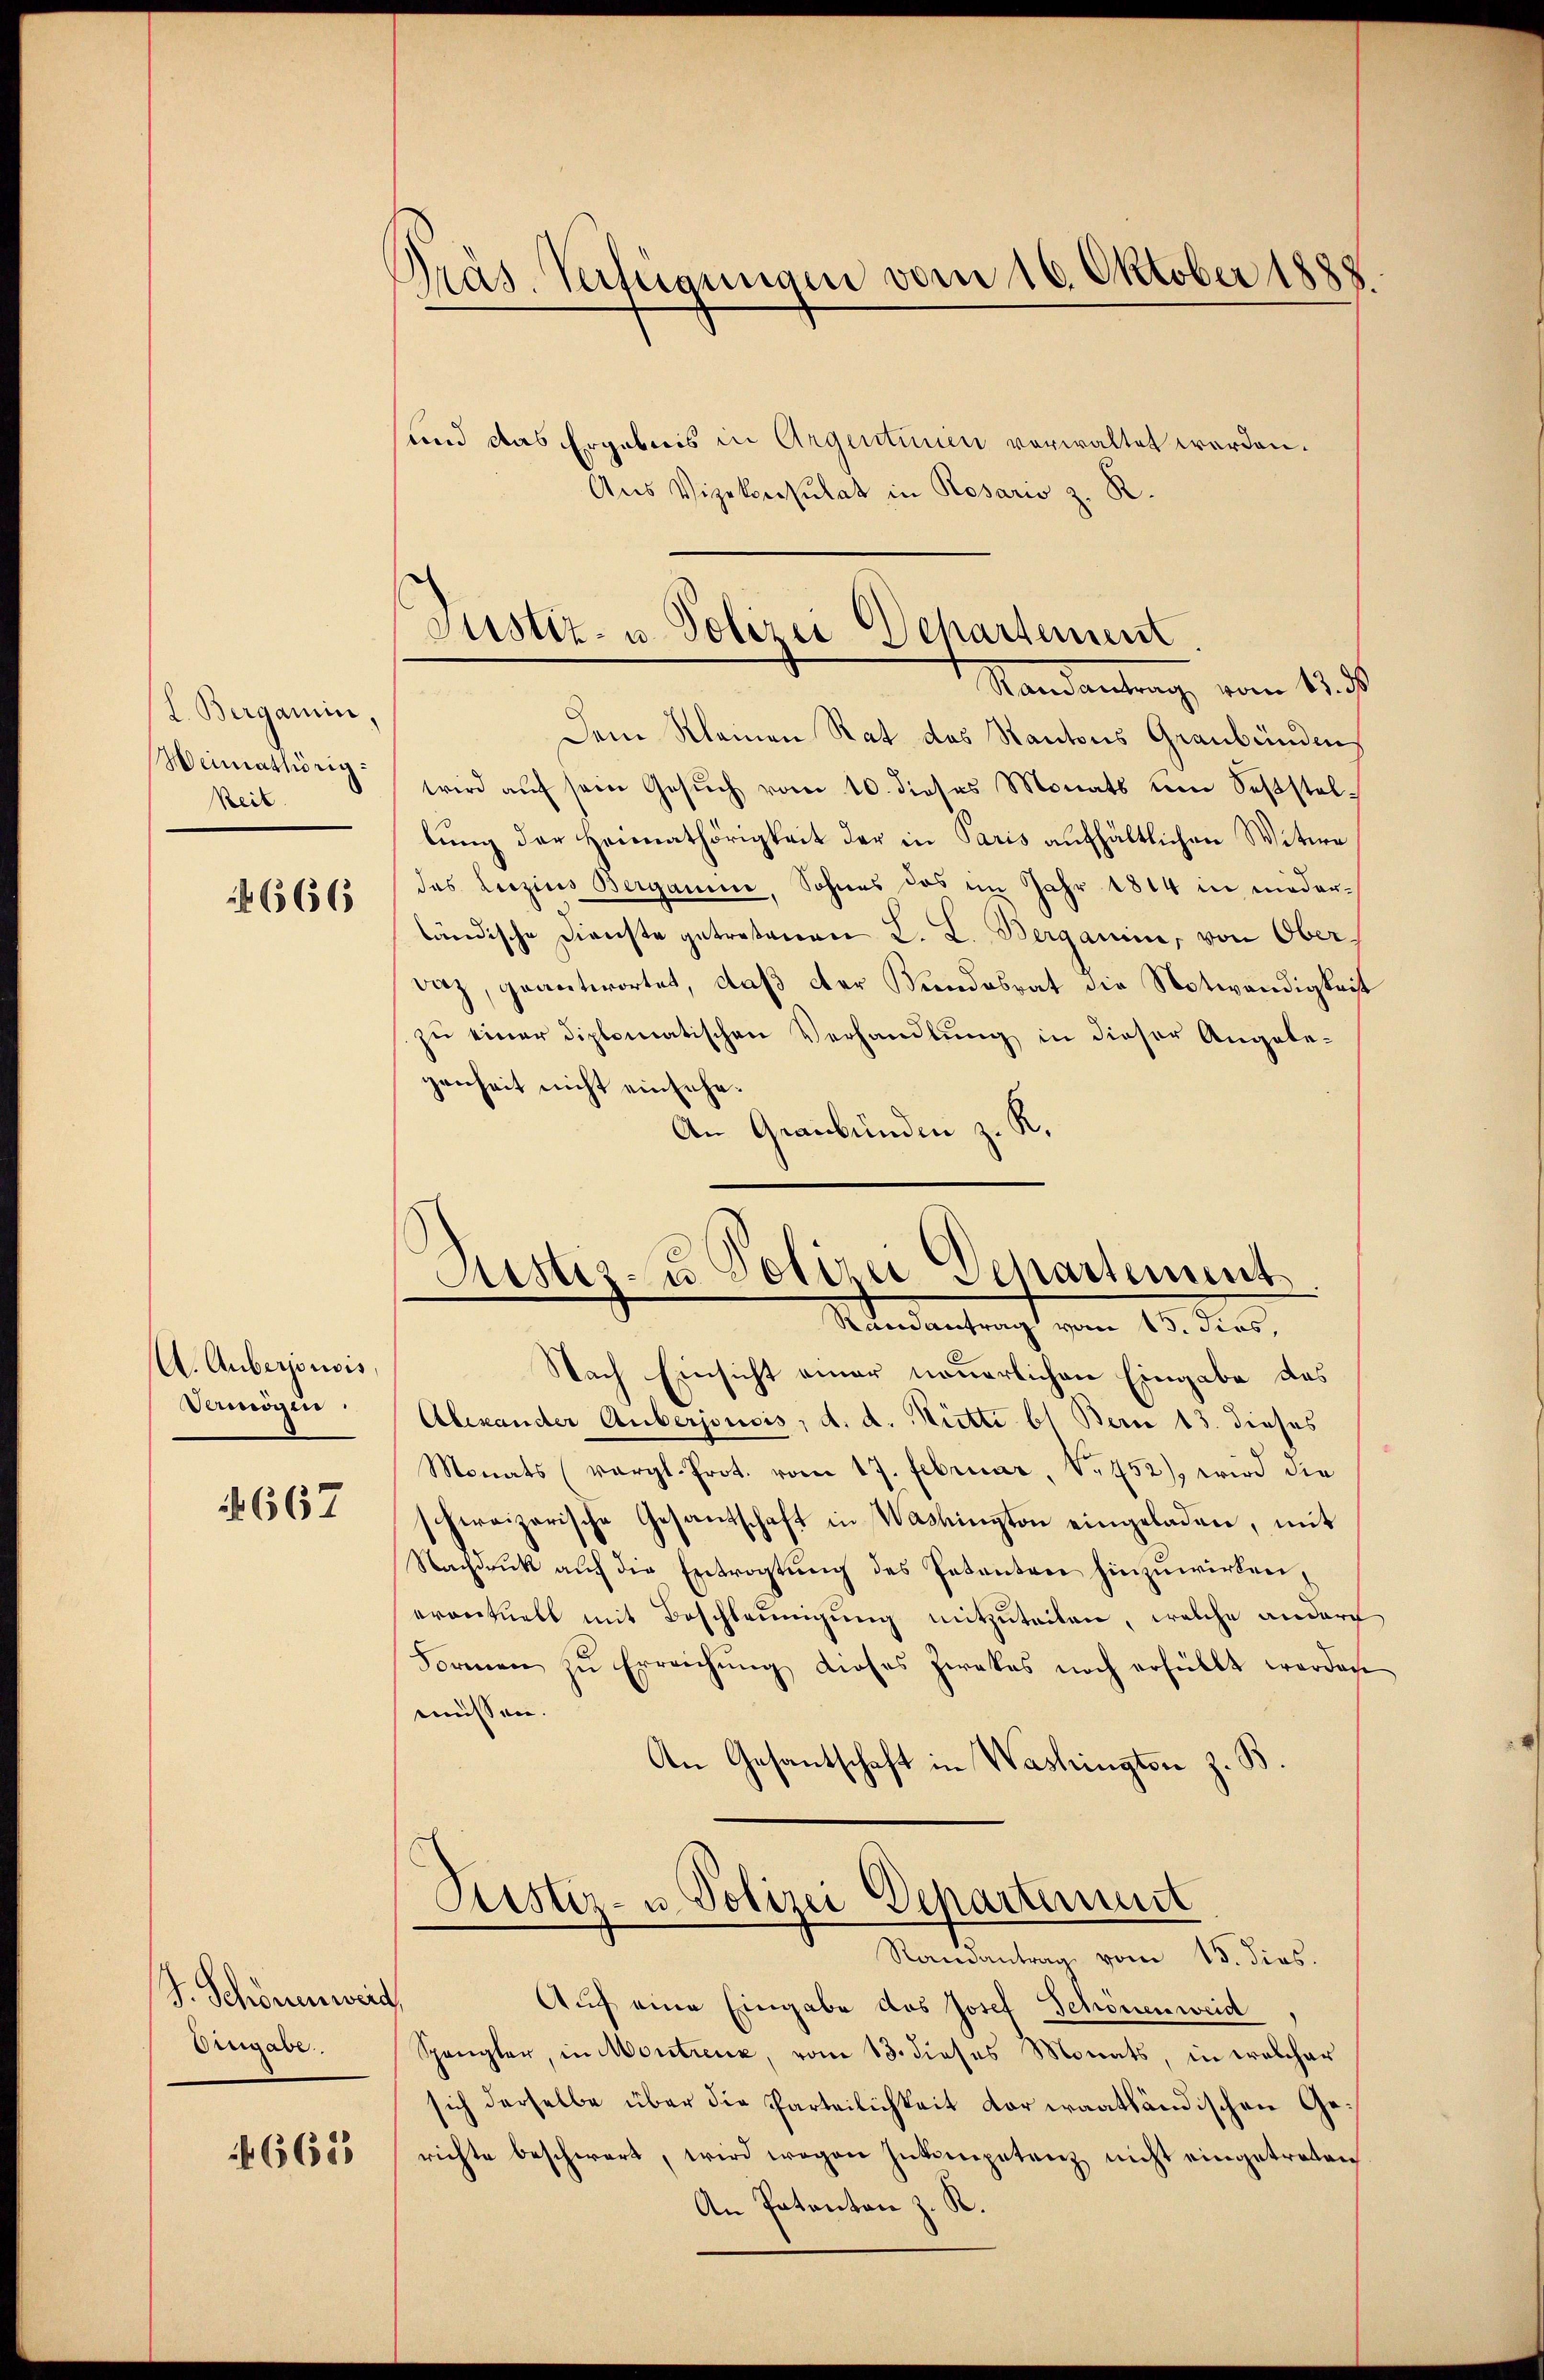
L. Berganin,
Weimathörig
Keil

666

A. Auberjonsis,
Vermögen

667

J. Schönenweid
Eingabe.

665

Präs. Verfügungen vom 16. Oktober 1888.

sund das Ergebnis in Argentinien verwaltet werden.
Aus Vizekonsulat in Rosario z. R.
Dem Kleinen Rat das Kantons Graubünden,
wird auf sein Gesuch vom 10. dieses Monats um Seststellung der Heimathörigkeit der in Paris aufhältlichen Witwe
das Leczius Berganin, Sohnes das im Jahr 1814 in niederländische Dienste getretenen L. L. Berganini, von Ober¬
Daz, geantwortet, daß der Bundesrat die Notwendigkeit
zu einer diplomatischen Verhandlung in dieser Angelegenheit nicht einsehe.
An Graubünden z. K.

Justiz- u. Polizei Departement
Standantung vom 14.

Aistiz- u. Polizei Apartement
Randantrag vom 15. ders.

Nach Einsicht einer neuerlichen Eingabe des
Alexander Auberjonsis, d. d. Ritte b1 Bern 13. dieses
Monats (vergl. Prot. vom 17. Februar, V. 452), wird die
schweizerische Gesandschaft in Washington eingeladen, mit
Nachdruck auf die Entvogtung des Petenten hinzuwirken,
erontuell mit Beschleunigung mitzuteilen, welche andere
Formen zŭ Erreichŭng dieses Zwekes noch erfüllt worden
müssen.
An Gesantschaft in Washington z. B.
Pristiz- u. Polizei Departement
Randantrag vom 15. dies.
Auf eine Eingabe des Josef Schönenweid
Spangler, in Montrenz, vom 13. dieses Monats, in welcher
sich derselbe über die Parteilichkeit der iraathändischen Gerichte beschwert, wird wegen Inkompetenz nicht eingetreten
An Patanton z. R.